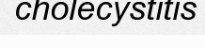
cholecystitis